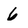
Character: 6